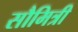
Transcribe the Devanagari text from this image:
सौमित्री